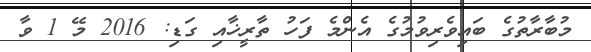
މުބާރާތުގެ ބައިވެރިވުމުގެ އެންމެ ފަހު ތާރީޚާއި ގަޑި: 2016 މޭ 1 ވާ